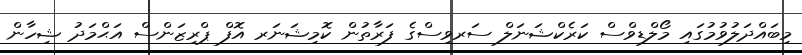
މިބައްދަލުވުމުގައި މޯލްޑިވްސް ކަރެކްޝަނަލް ސަރވިސްގެ ފަރާތުން ކޮމިޝަނަރ އޮފް ޕްރިޒަންސް އަޙްމަދު ޝިހާން